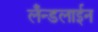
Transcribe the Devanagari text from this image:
लँन्डलाईन